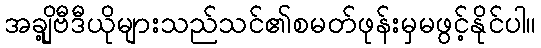
အချို့ဗီဒီယိုများသည်သင်၏စမတ်ဖုန်းမှမဖွင့်နိုင်ပါ။